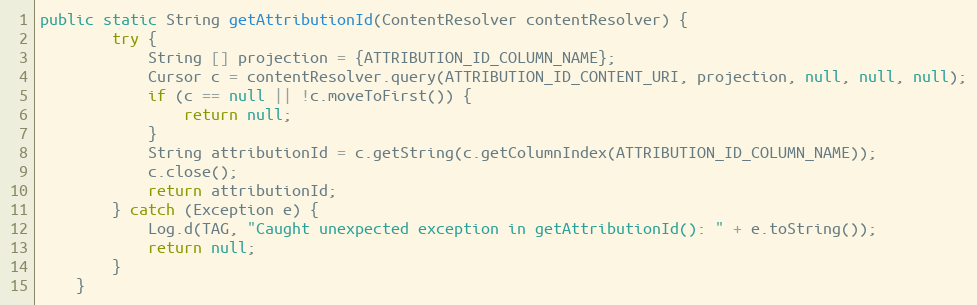
Language: Java
public static String getAttributionId(ContentResolver contentResolver) {
        try {
            String [] projection = {ATTRIBUTION_ID_COLUMN_NAME};
            Cursor c = contentResolver.query(ATTRIBUTION_ID_CONTENT_URI, projection, null, null, null);
            if (c == null || !c.moveToFirst()) {
                return null;
            }
            String attributionId = c.getString(c.getColumnIndex(ATTRIBUTION_ID_COLUMN_NAME));
            c.close();
            return attributionId;
        } catch (Exception e) {
            Log.d(TAG, "Caught unexpected exception in getAttributionId(): " + e.toString());
            return null;
        }
    }